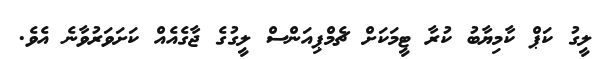
ލީގު ކަޕް ކާމިޔާބު ކުރާ ޓީމަކަށް ޗެމްޕިއަންސް ލީގުގެ ޖާގެއެއް ކަށަވަރުވާނެ އެވެ.